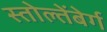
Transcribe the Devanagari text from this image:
स्तोल्तेंबेर्ग